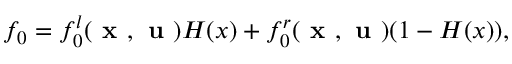
f _ { 0 } = f _ { 0 } ^ { l } ( \textbf { x } , \textbf { u } ) H ( x ) + f _ { 0 } ^ { r } ( \textbf { x } , \textbf { u } ) ( 1 - H ( x ) ) ,